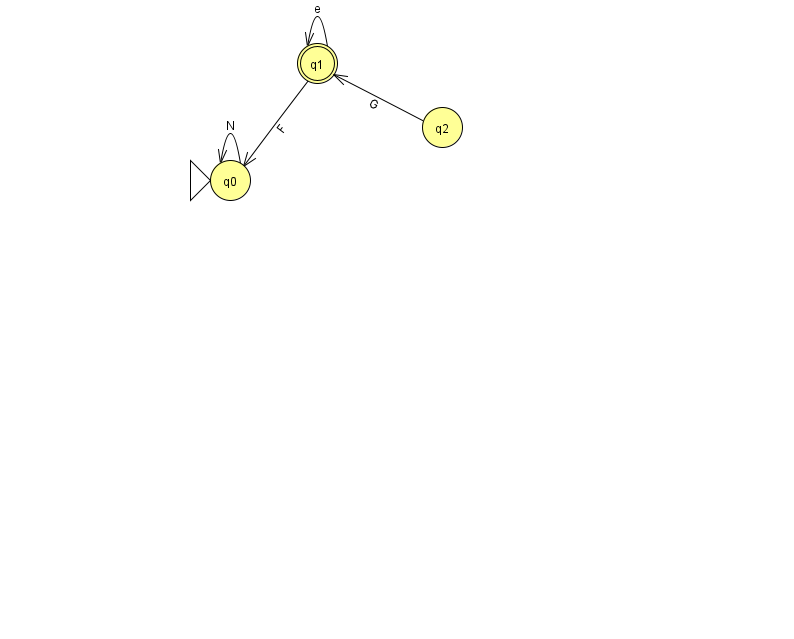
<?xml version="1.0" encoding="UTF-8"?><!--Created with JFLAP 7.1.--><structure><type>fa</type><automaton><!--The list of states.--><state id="0" name="q0"><x>230.0</x><y>167.0</y><initial/></state><state id="1" name="q1"><x>317.0</x><y>50.0</y><final/></state><state id="2" name="q2"><x>442.0</x><y>114.0</y></state><!--The list of transitions.--><transition><from>1</from><to>1</to><read>e</read></transition><transition><from>2</from><to>1</to><read>G</read></transition><transition><from>0</from><to>0</to><read>N</read></transition><transition><from>1</from><to>0</to><read>F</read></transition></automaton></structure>